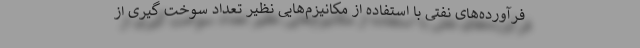
فرآورده‌های نفتی با استفاده از مکانیزم‌هایی نظیر تعداد سوخت گیری از